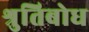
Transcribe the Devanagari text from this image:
श्रुतिबोध